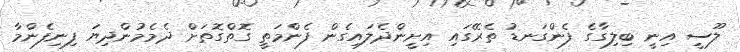
ލޫސީ އިނީ ބިލިގާގެ ފެންގަނޑު ތެރޭގައި އިށީންދެލައިގެން ފެންމަތީ ގޮތްގޮތަށް ދެމެމުންދިޔަ ފިނިފެންމާ